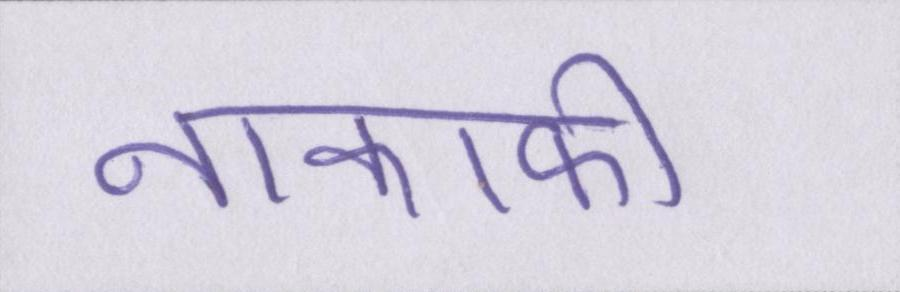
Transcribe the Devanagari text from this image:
नाकाफी